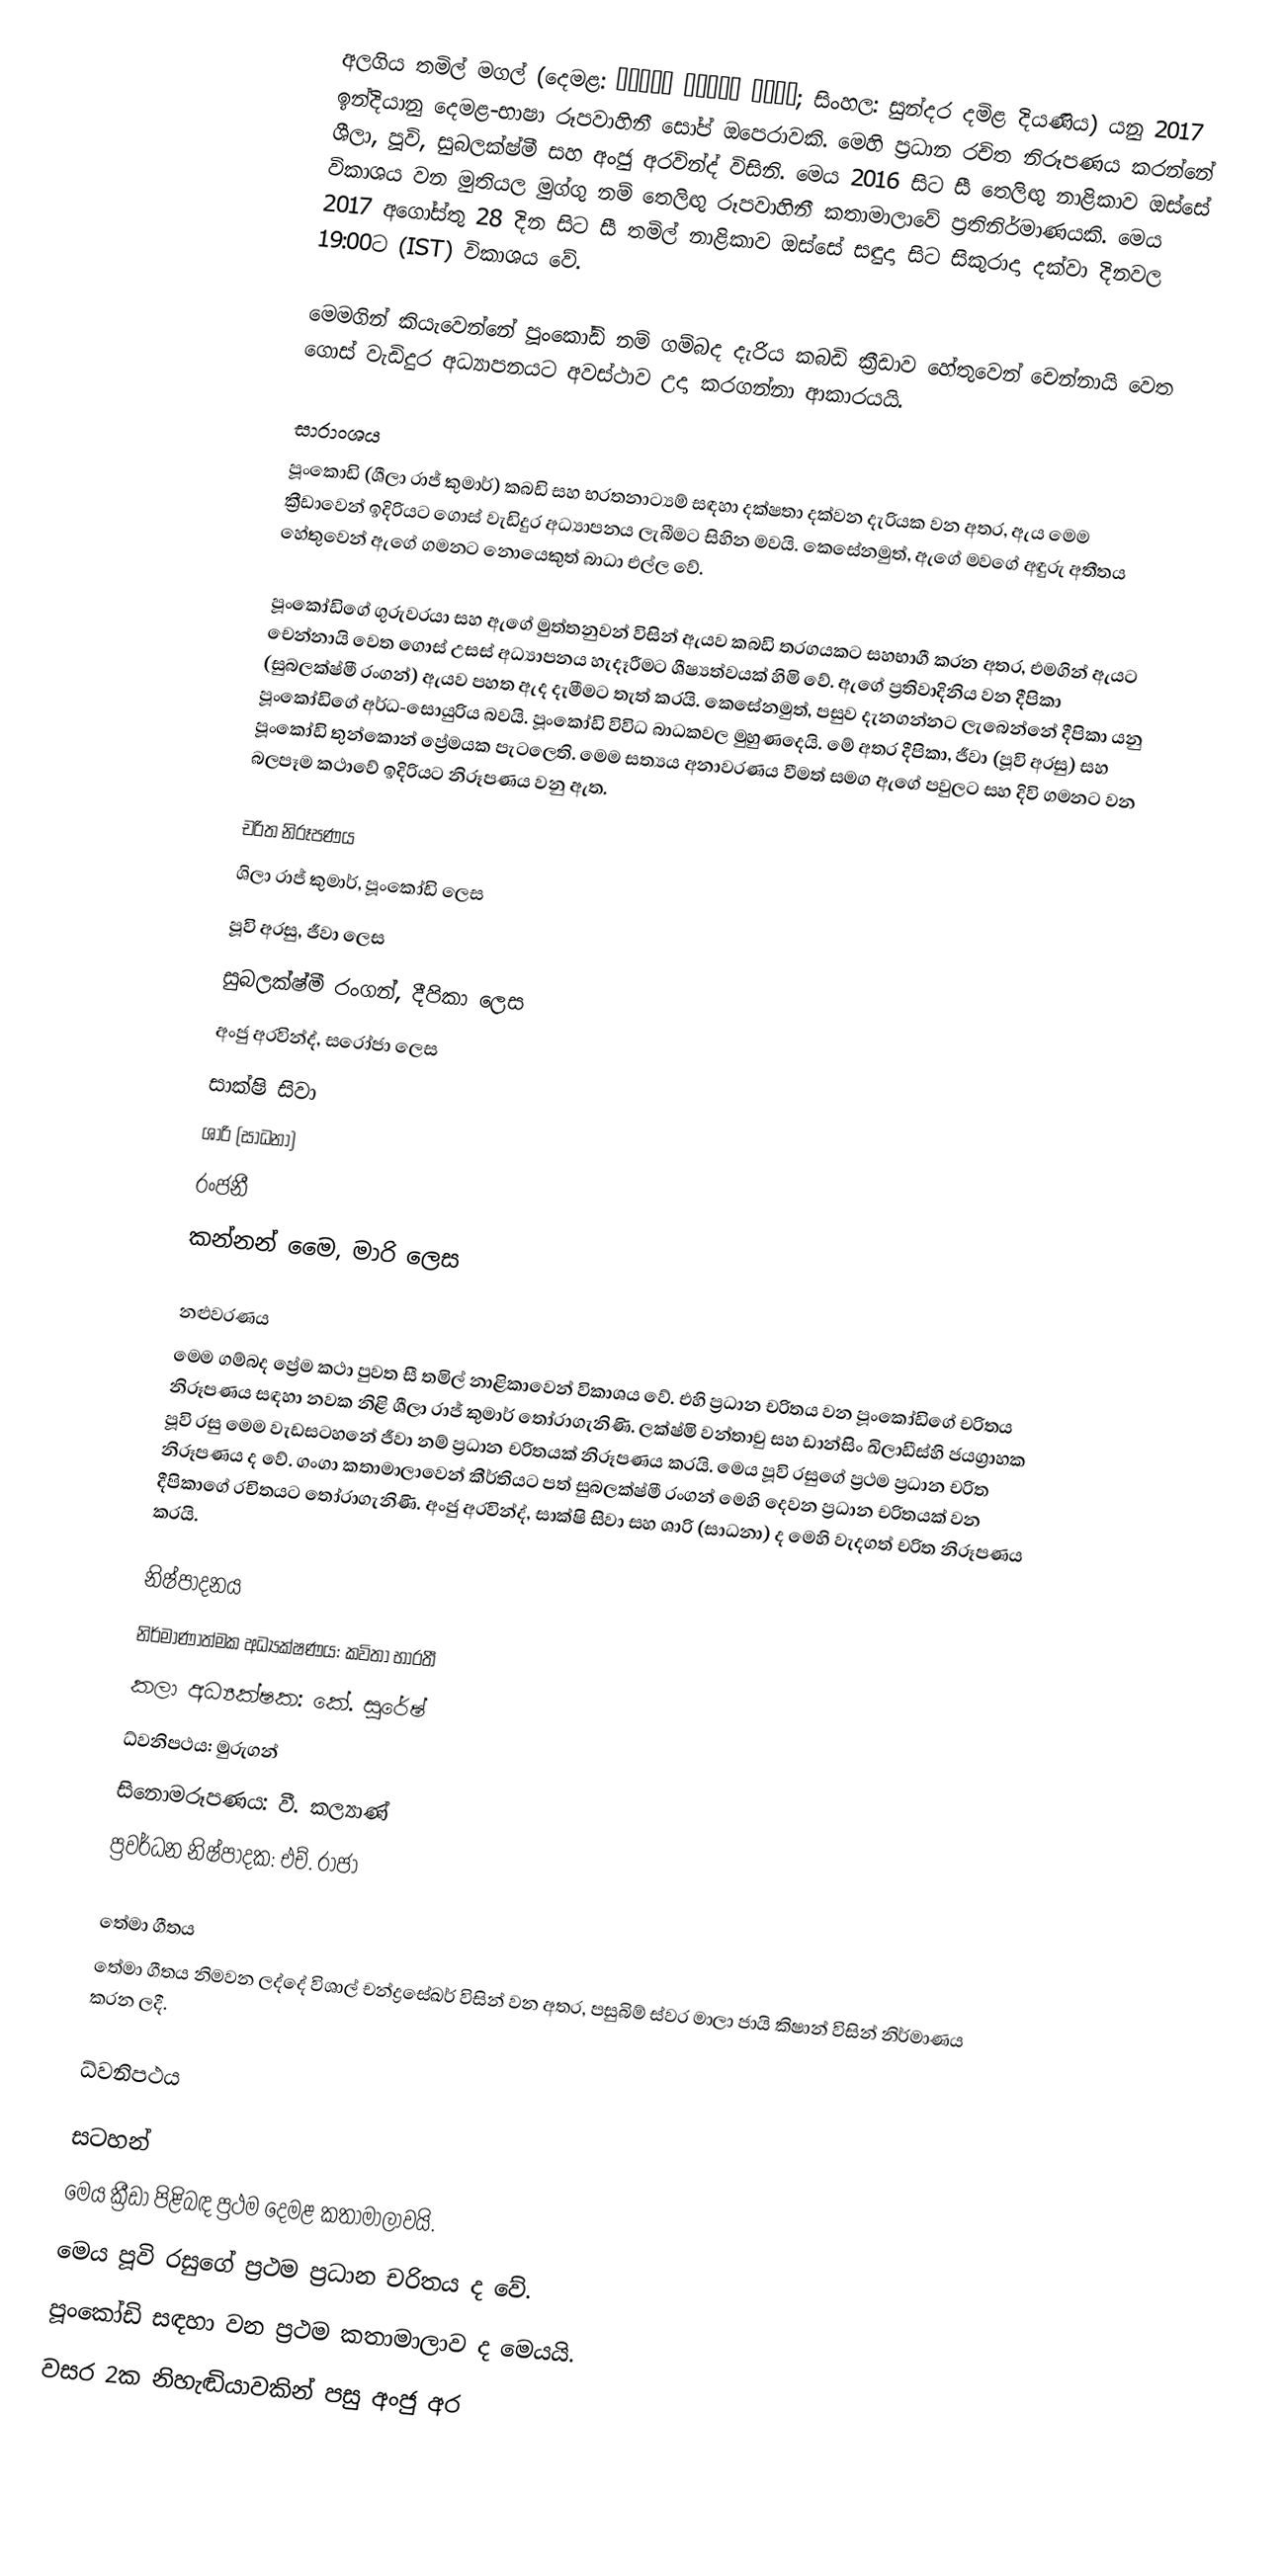
අලගිය තමිල් මගල් (දෙමළ: அழகிய தமிழ் மகள்; සිංහල: සුන්දර දමිළ දියණිය) යනු 2017 ඉන්දියානු දෙමළ-භාෂා රූපවාහිනී සෝප් ඔපෙරාවකි. මෙහි ප්‍රධාන රචිත නිරූපණය කරන්නේ ශීලා, පූවි, සුබලක්ෂ්මී සහ අංජු අරවින්ද් විසිනි. මෙය 2016 සිට සී තෙලිඟු නාළිකාව ඔස්සේ විකාශය වන මුතියල මුග්ගු නම් තෙලිඟු රූපවාහිනී කතාමාලාවේ ප්‍රතිනිර්මාණයකි. මෙය 2017 අගෝස්තු 28 දින සිට සී තමිල් නාළිකාව ඔස්සේ සඳුදා සිට සිකුරාදා දක්වා දිනවල 19:00ට (IST) විකාශය වේ.

මෙමගින් කියැවෙන්නේ පූංකෝඩි නම් ගම්බද දැරිය කබඩි ක්‍රීඩාව හේතුවෙන් චෙන්නායි වෙත ගොස් වැඩිදුර අධ්‍යාපනයට අවස්ථාව උදා කරගන්නා ආකාරයයි.

සාරාංශය
පූංකොඩි (ශීලා රාජ් කුමාර්) කබඩි සහ භරතනාට්‍යම් සඳහා දක්ෂතා දක්වන දැරියක වන අතර, ඇය මෙම ක්‍රීඩාවෙන් ඉදිරියට ගොස් වැඩිදුර අධ්‍යාපනය ලැබීමට සිහින මවයි. කෙසේනමුත්, ඇගේ මවගේ අඳුරු අතීතය හේතුවෙන් ඇගේ ගමනට නොයෙකුත් බාධා එල්ල වේ.

පූංකෝඩිගේ ගුරුවරයා සහ ඇගේ මුත්තනුවන් විසින් ඇයව කබඩි තරගයකට සහභාගී කරන අතර, එමගින් ඇයට චෙන්නායි වෙත ගොස් උසස් අධ්‍යාපනය හැදෑරීමට ශීෂ්‍යත්වයක් හිමි වේ. ඇගේ ප්‍රතිවාදිනිය වන දීපිකා (සුබලක්ෂ්මී රංගන්) ඇයව පහත ඇද දැමීමට තැත් කරයි. කෙසේනමුත්, පසුව දැනගන්නට ලැබෙන්නේ දීපිකා යනු පූංකෝඩිගේ අර්ධ-සොයුරිය බවයි. පූංකෝඩි විවිධ බාධකවල මුහුණදෙයි. මේ අතර දීපිකා, ජීවා (පූවි අරසු) සහ පූංකෝඩි තුන්කොන් ප්‍රේමයක පැටලෙති. මෙම සත්‍යය අනාවරණය වීමත් සමග ඇගේ පවුලට සහ දිවි ගමනට වන බලපෑම කථාවේ ඉදිරියට නිරූපණය වනු ඇත.

චරිත නිරූපණය
 ශිලා රාජ් කුමාර්, පූංකෝඩි ලෙස
 පූවි අරසු, ජීවා ලෙස
 සුබලක්ෂ්මී රංගන්, දීපිකා ලෙස
 අංජු අරවින්ද්, සරෝජා‍ ලෙස
 සාක්ෂි සිවා
 ශාරි (සාධනා)
 රංජනී
 කන්නන් මෛ, මාරි ලෙස

නළුවරණය
මෙම ගම්බද ප්‍රේම කථා පුවත සී තමිල් නාළිකාවෙන් විකාශය වේ. එහි ප්‍රධාන චරිතය වන පූංකෝඩිගේ චරිතය නිරූපණය සඳහා නවක නිළි ශීලා රාජ් කුමාර් තෝරාගැනිණි. ලක්ෂ්මි වන්තාචු සහ ඩාන්සිං ඛිලාඩීස්හි ජයග්‍රාහක පූවි රසු මෙම වැඩසට‍හනේ ජීවා නම් ප්‍රධාන චරිතයක් නිරූපණය කරයි. මෙය පූවි රසුගේ ප්‍රථම ප්‍රධාන චරිත නිරූපණය ද වේ. ගංගා කතාමාලාවෙන් කීර්තියට පත් සුබලක්ෂ්මී රංගන් මෙහි දෙවන ප්‍රධාන චරිතයක් වන දීපිකාගේ රචිතයට තෝරාගැනිණි. අංජු අරවින්ද්, සාක්ෂි සිවා සහ ශාරි (සාධනා) ද මෙහි වැදගත් චරිත නිරූපණය කරයි.

නිෂ්පාදනය
නිර්මාණාත්මක අධ්‍යක්ෂණය: කවිතා භාරතී
කලා අධ්‍යක්ෂක: කේ. සුරේෂ්
ධ්වනිපථය: මුරුගන්
සිනොමරූපණය: වී. කල්‍යාණ්
ප්‍රවර්ධන නිෂ්පාදක: එච්. රාජා

තේමා ගීතය
තේමා ගීතය නිමවන ලද්දේ විශාල් චන්ද්‍ර‍සේඛර් විසින් වන අතර, පසුබිම් ස්වර මාලා ජායි කිෂාන් විසින් නිර්මාණය කරන ලදී.

ධ්වනිපථය

සටහන්
 මෙය ක්‍රීඩා පිළිබඳ ප්‍රථම දෙමළ කතාමාලාවයි.
 මෙය පූවි රසුගේ ප්‍රථම ප්‍රධාන චරිතය ද වේ.
 පූංකෝඩි සඳහා වන ප්‍රථම කතාමාලාව ද මෙයයි.
 වසර 2ක නිහැඬියාවකින් පසු අංජු අර